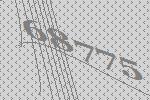
68775